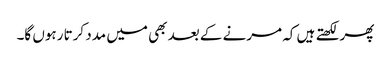
پھر لکھتے ہیں کہ مرنے کے بعد بھی میں مدد کرتا رہوں گا۔